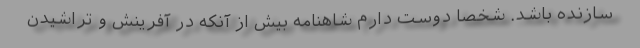
سازنده باشد. شخصاً دوست دارم شاهنامه بیش از آنکه در آفرینش و تراشیدن